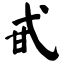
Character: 甙